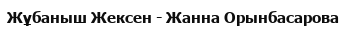
Жұбаныш Жексен - Жанна Орынбасарова